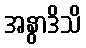
အနွာဒိသိ